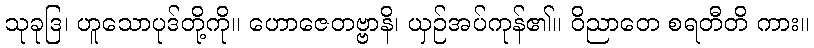
သုခုဒြ၊ ဟူသောပုဒ်တို့ကို။ ဟောဇေတဗ္ဗာနိ၊ ယှဉ်အပ်ကုန်၏။ ဝိညာတေ စရတီတိ ကား။